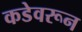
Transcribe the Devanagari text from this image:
कडेवरून